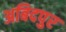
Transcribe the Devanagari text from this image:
अबिदपुर